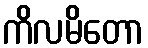
ကိလမိတော